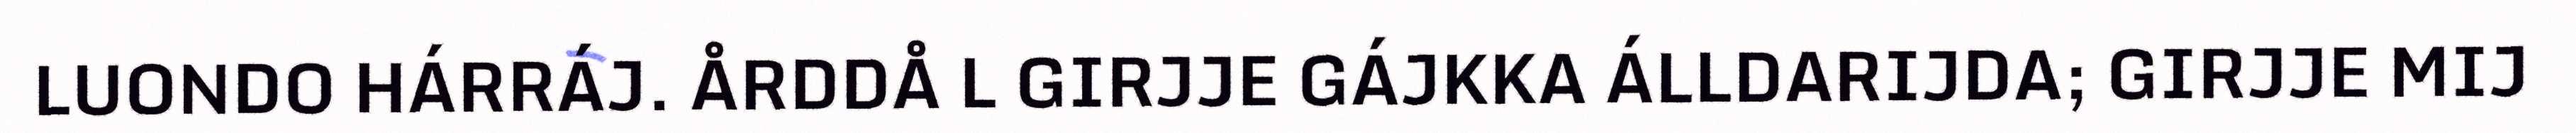
LUONDO HÁRRÁJ. ÅRDDÅ L GIRJJE GÁJKKA ÁLLDARIJDA; GIRJJE MIJ